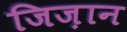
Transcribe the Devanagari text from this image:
जिज़ान